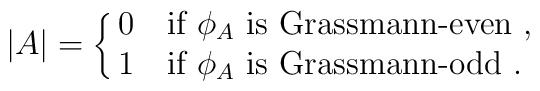
|A|=\cases{ 0  &if $\phi_A$ is Grassmann-even\ ,\cr            1  &if $\phi_A$ is Grassmann-odd\ .}